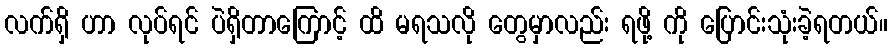
လက်ရှိ ဟာ လုပ်ရင် ပဲရှိတာကြောင့် ထိ မရသလို တွေမှာလည်း ရဖို့ ကို ပြောင်းသုံးခဲ့ရတယ်။